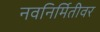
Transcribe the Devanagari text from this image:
नवनिर्मितीवर